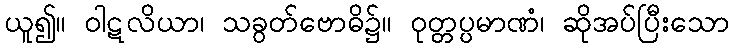
ယူ၍။ ဝါဋလိယာ၊ သခွတ်ဗောဓိ၌။ ဝုတ္တပ္ပမာဏံ၊ ဆိုအပ်ပြီးသော